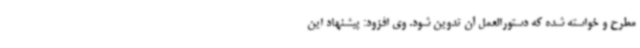
مطرح و خواسته شده که دستورالعمل آن تدوین شود. وی افزود: پیشنهاد این